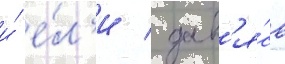
и́ е́л'и / дав'я́сь